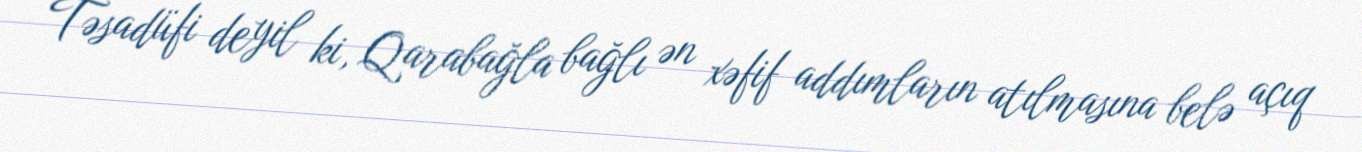
Təsadüfi deyil ki, Qarabağla bağlı ən xəfif addımların atılmasına belə açıq